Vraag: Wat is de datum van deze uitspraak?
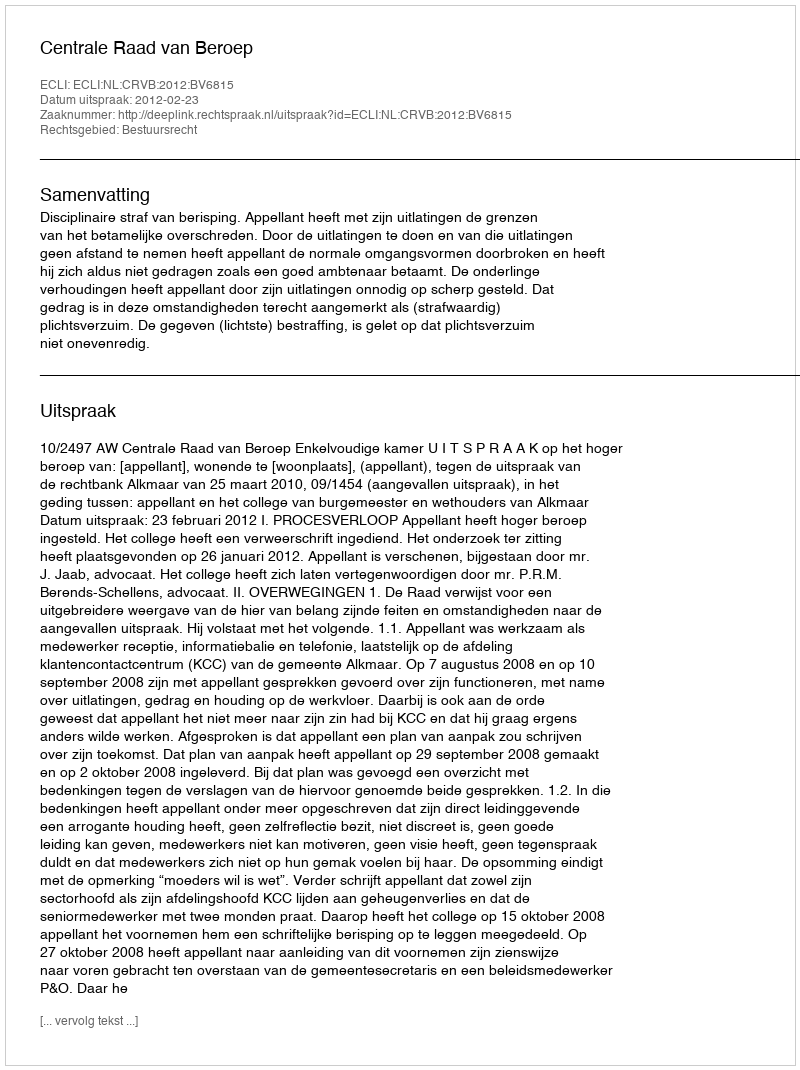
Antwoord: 2012-02-23